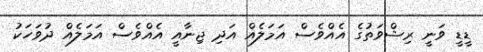
ޑީޑީ ވަނީ ރިޝްވަތުގެ އެއްވެސް އަމަލެއް އަދި ޖިނާއީ އެއްވެސް އަމަލެއް ދުވަހަކު